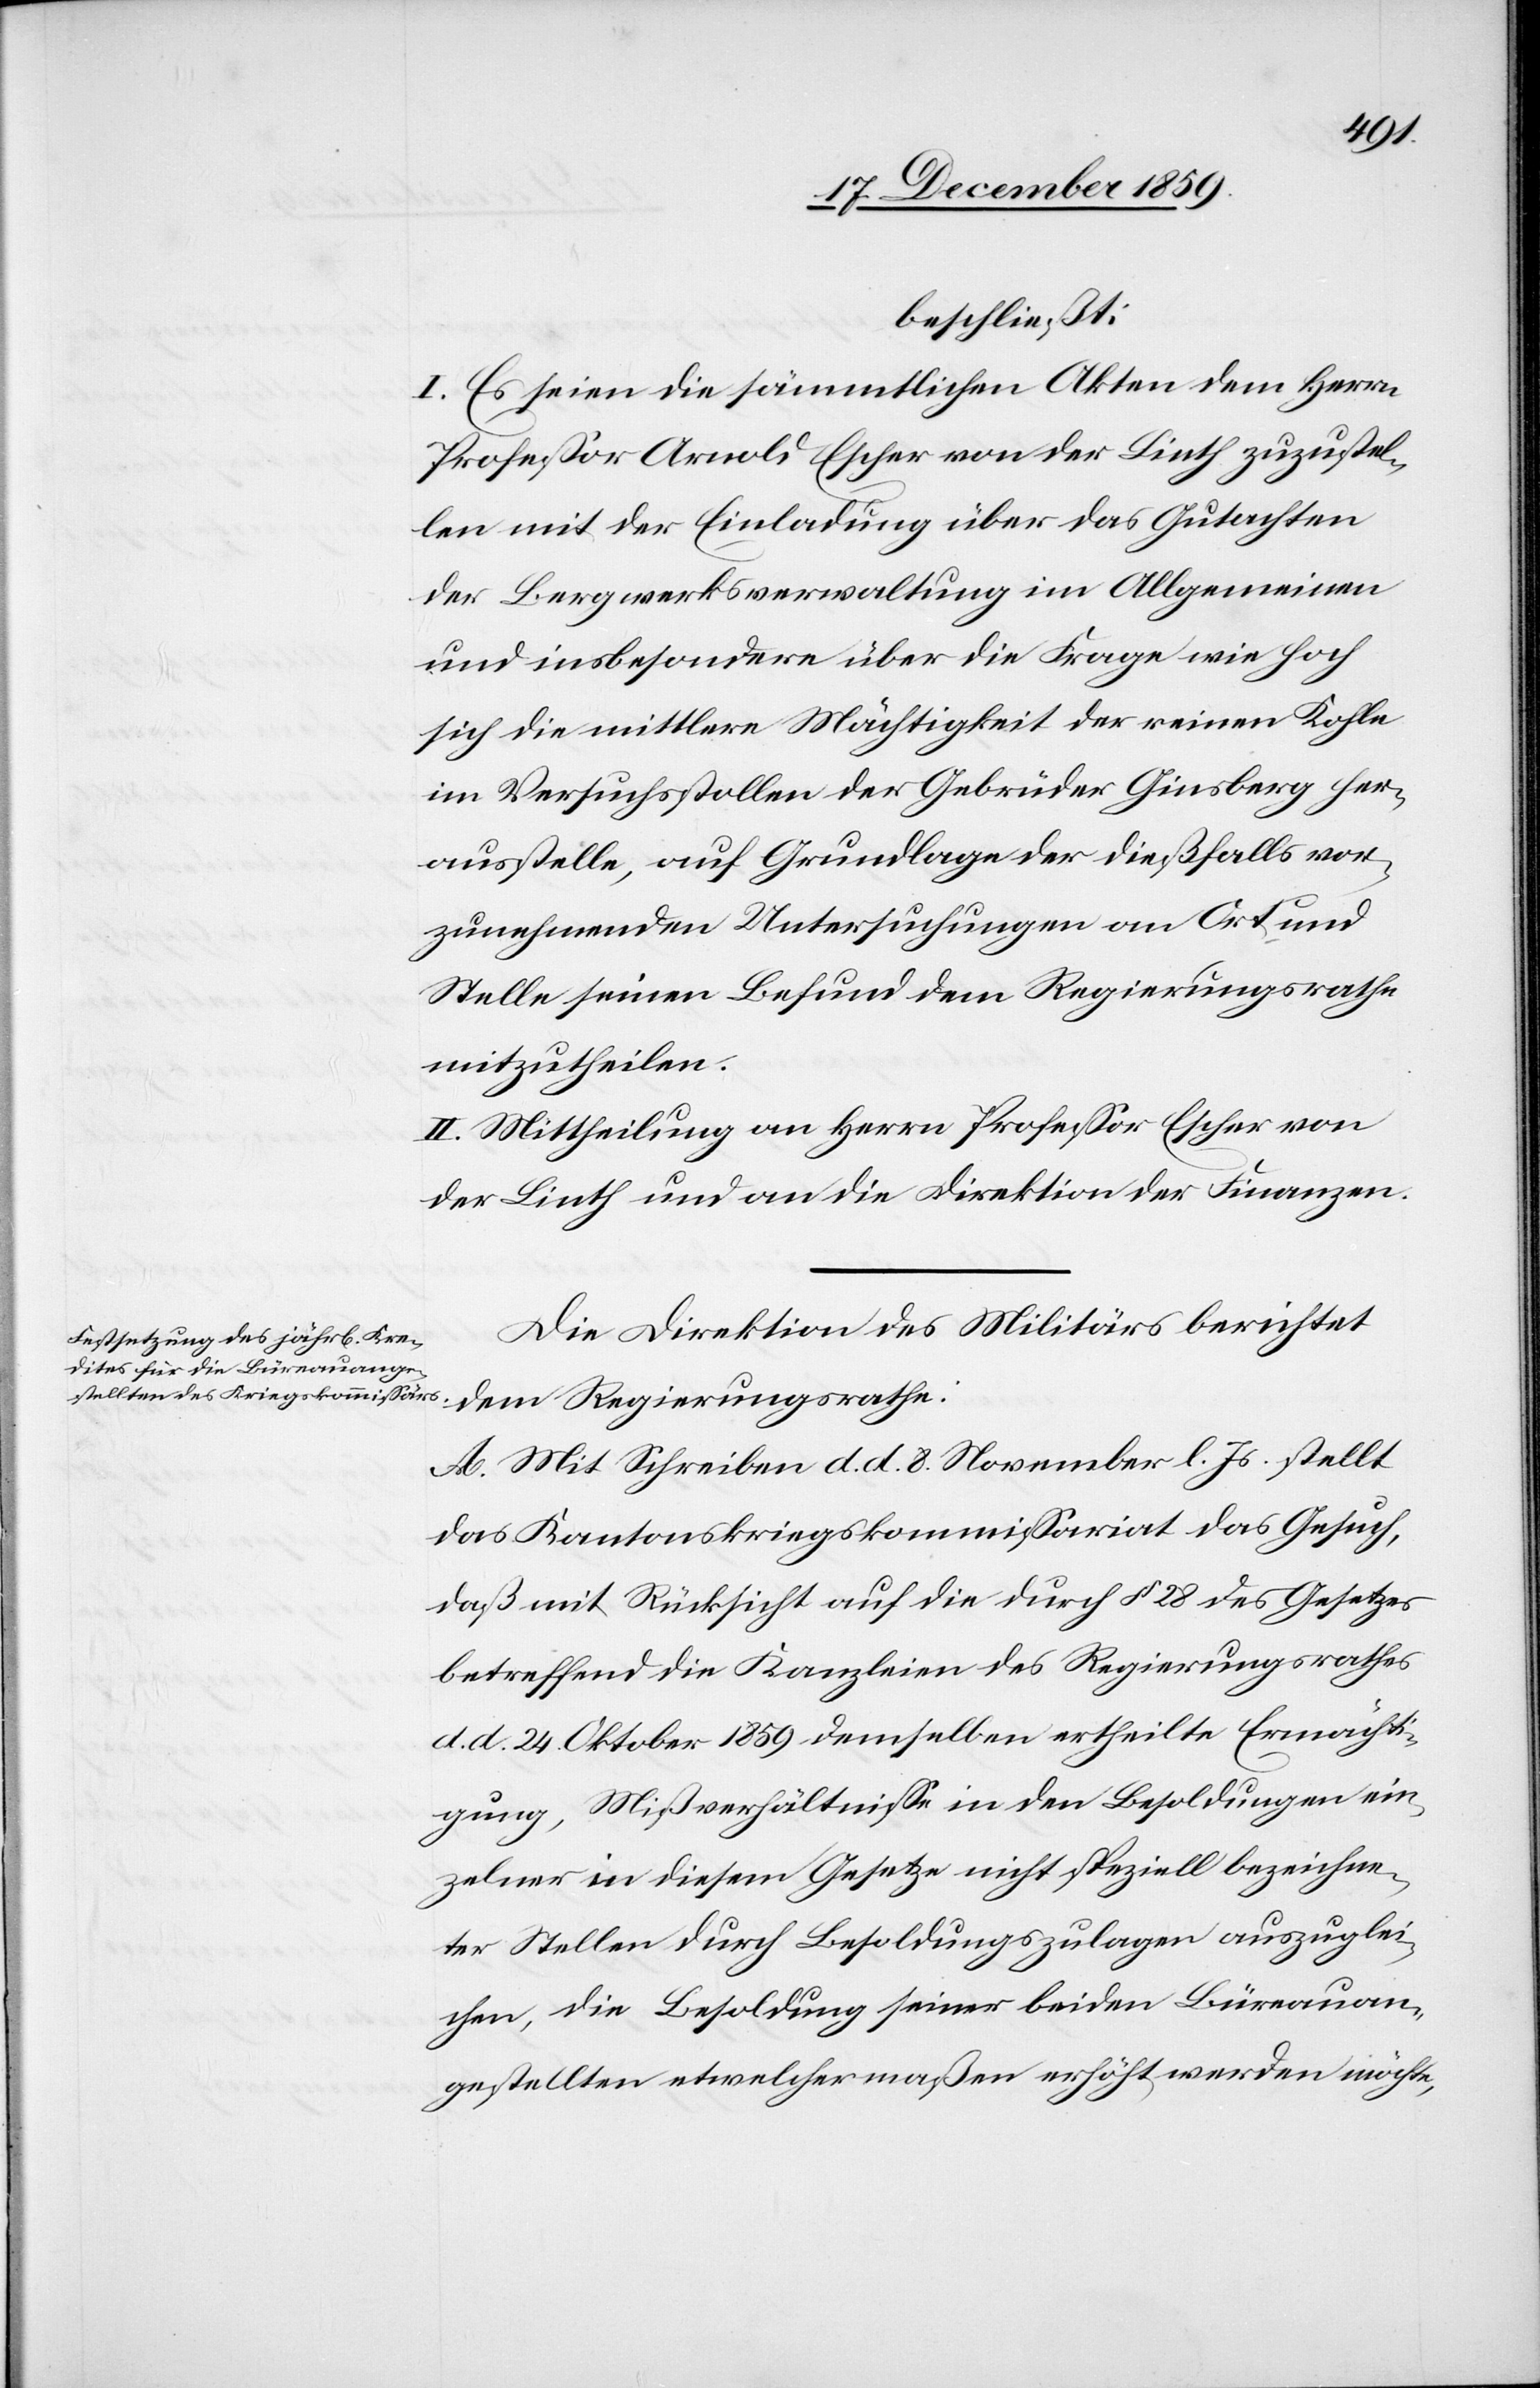
beschließt:
I. Es seien die sämmtlichen Akten dem Herrn
Professor Arnold Escher von der Linth zuzustel¬
len mit der Einladung über das Gutachten
der Bergwerksverwaltung im Allgemeinen
und insbesondere über die Frage wie hoch
sich die mittlere Mächtigkeit der reinen Kohle
im Versuchsstollen der Gebrüder Ginsberg her¬
ausstelle, auf Grundlage der dießfalls vor¬
zunehmenden Untersuchungen an Ort und
Stelle seinen Befund dem Regierungsrathe
mitzutheilen.
II. Mittheilung an Herrn Professor Escher von
der Linth und an die Direktion der Finanzen.
Die Direktion des Militärs berichtet
dem Regierungsrathe:
A. Mit Schreiben d. d. 8. November l. Js. stellt
das Kantonskriegskommissariat das Gesuch.
daß mit Rücksicht auf die durch § 28 des Gesetzes
betreffend die Kanzleien des Regierungsrathes
d. d. 24. Oktober 1859 demselben ertheilte Ermächti¬
gung, Mißverhältnisse in den Besoldungen ein¬
zelner in diesem Gesetze nicht speziell bezeichne¬
ter Stellen durch Besoldungszulagen auszuglei¬
chen, die Besoldung seiner beiden Büreauan¬
gestellten etwelchermaßen erhöht werden möchte,